Scientific memoirs by medical officers of the Army of India - Part III,
Year: 1887
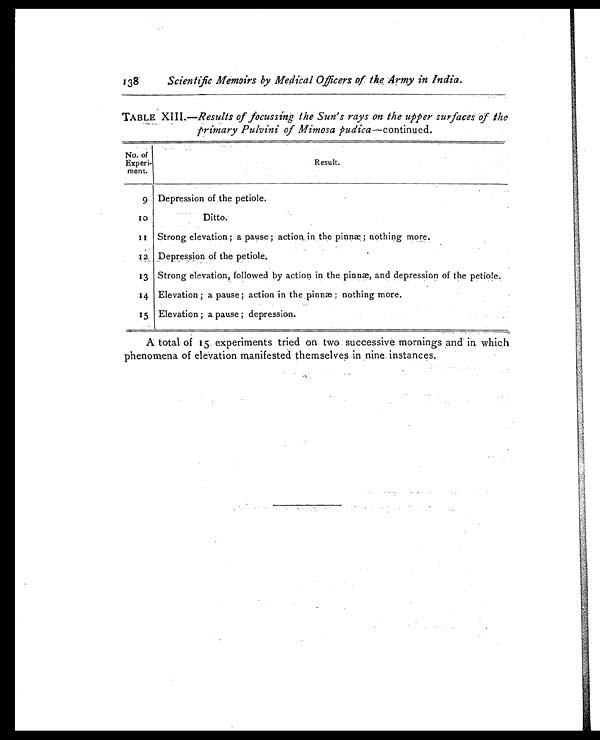
138
Scientific Memoirs by, Medical Officers of the Army in India.
TABLE XIII .—Results of focussing the Sun's rays on the upper surfaces of the
primary Pulvini of Mimosa pudica —continued.
No. of
Experi-
ment.
Result.
9 Depression of the petiole.
1 0
Ditto.
1 1 Strong elevation ; a pause ; action in the pinnæ ; nothing more.
1 2 Depression of the petiole.
13 Strong elevation, followed by action in the pinnæ, and depression of the petiol.
14 Elevation ; a pause ; action in the pinnæ ; nothing more.
1 5 Elevation ; a pause ; depression.
A total of 15 experiments tried on two successive mornings and in which
phenomena of elevation manifested themselves in nine instances.